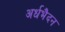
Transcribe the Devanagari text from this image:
अर्धभैदन